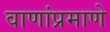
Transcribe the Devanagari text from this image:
वाणांप्रमाणे